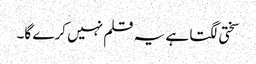
سختی لگتا ہے یہ قلم نہیں کرے گا۔